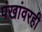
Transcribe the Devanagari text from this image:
पंखांवरही